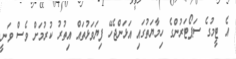
އެ ޓީމުގެ ސަޕޯޓަރުންގެ ހިމާޔަތުގައި އަޅަންޖެހޭ ފިޔަވަޅުތައް އިތުރު ކުރުމަށް ވެސް ވަނީ